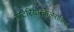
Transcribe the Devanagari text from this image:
आर्टेरियोस्केलेरोसिस